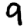
Digit: 9